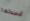
أفسدتها